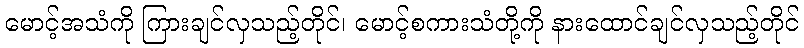
မောင့်အသံကို ကြားချင်လှသည့်တိုင်၊ မောင့်စကားသံတို့ကို နားထောင်ချင်လှသည့်တိုင်